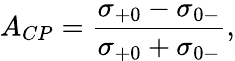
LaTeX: A_{CP}=\frac{\sigma_{+0}-\sigma_{0-}}{\sigma_{+0}+\sigma_{0-}},